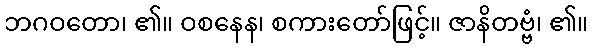
ဘဂဝတော၊ ၏။ ဝစနေန၊ စကားတော်ဖြင့်။ ဇာနိတဗ္ဗံ၊ ၏။